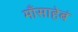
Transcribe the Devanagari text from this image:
माँसाहेबं